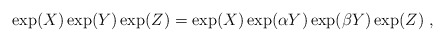
\begin{align*}\exp({X}) \exp({Y}) \exp({Z}) = \exp({X})\exp({\alpha Y}) \exp({\beta Y}) \exp({Z}) \ ,\end{align*}